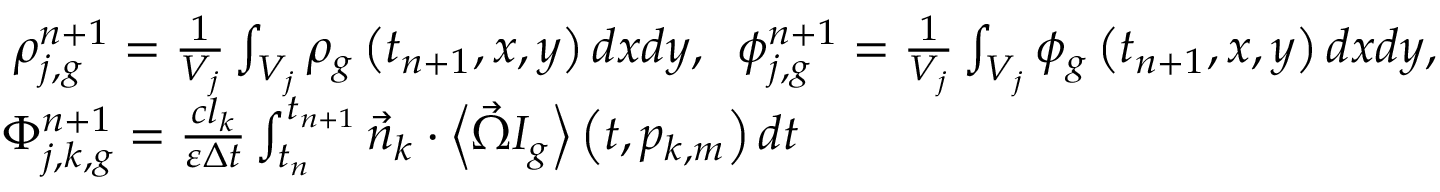
\begin{array} { l } { { \; \rho _ { j , g } ^ { n + 1 } = \frac { 1 } { V _ { j } } \int _ { V _ { j } } \rho _ { g } \left( t _ { n + 1 } , x , y \right) d x d y , \mathrm { \; \; } \phi _ { j , g } ^ { n + 1 } = \frac { 1 } { V _ { j } } \int _ { V _ { j } } \phi _ { g } \left( t _ { n + 1 } , x , y \right) d x d y , } } \\ { { \Phi _ { j , k , g } ^ { n + 1 } = \frac { c l _ { k } } { \varepsilon \Delta t } \int _ { t _ { n } } ^ { t _ { n + 1 } } \vec { n } _ { k } \cdot \left\langle \vec { \Omega } I _ { g } \right\rangle \left( t , p _ { k , m } \right) d t } } \end{array}